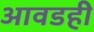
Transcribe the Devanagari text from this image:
आवडही